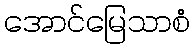
အောင်မြေသာစံ